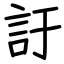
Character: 訏